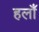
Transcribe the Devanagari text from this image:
हलाँ